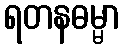
ရတနဓမ္မာ